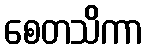
စေတသိကာ